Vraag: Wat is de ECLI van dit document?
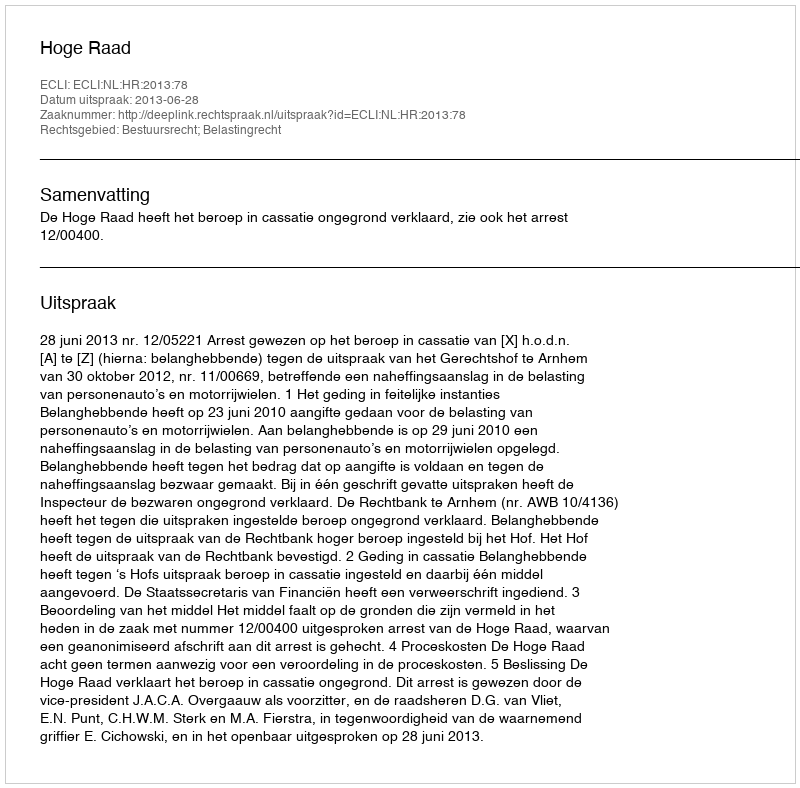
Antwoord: ECLI:NL:HR:2013:78